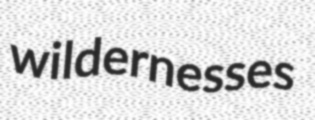
wildernesses